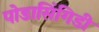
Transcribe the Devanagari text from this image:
पोडासिंगिडी